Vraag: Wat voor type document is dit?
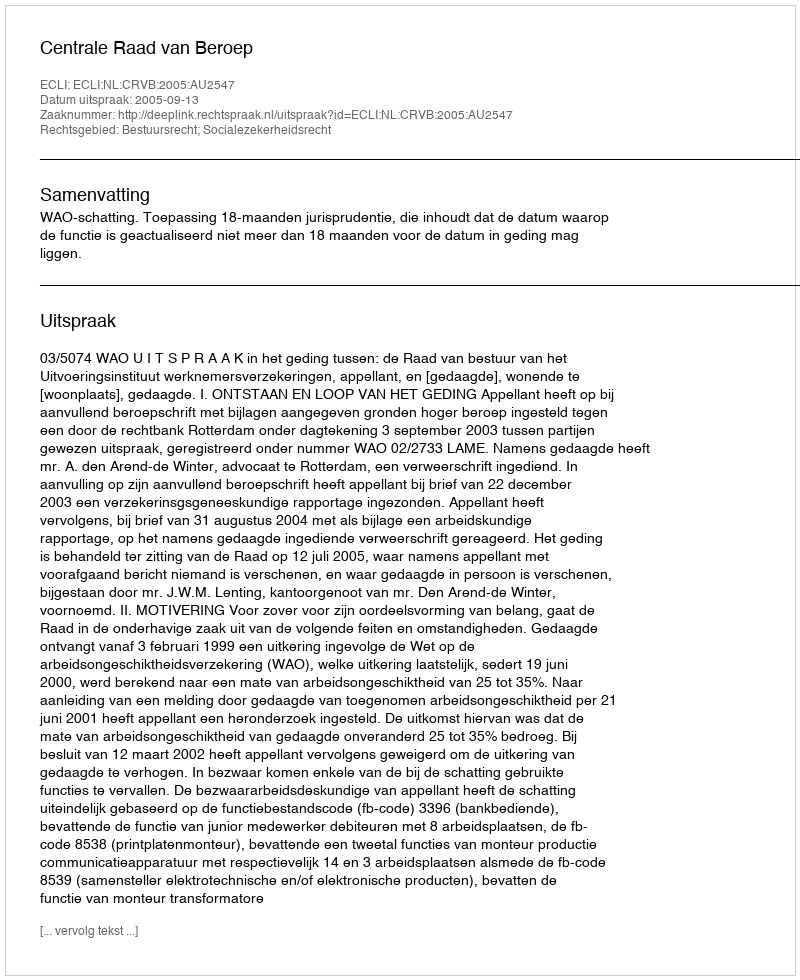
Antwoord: Uitspraak